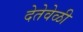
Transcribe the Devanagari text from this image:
देतेवेळी